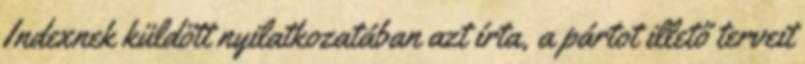
Indexnek küldött nyilatkozatában azt írta, a pártot illető terveit